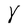
Character: Y